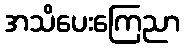
အသိပေးကြေညာ